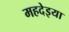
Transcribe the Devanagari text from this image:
महदेइया